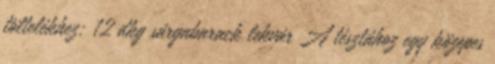
töltelékhez: 12 dkg sárgabarack lekvár A tésztához egy közepes